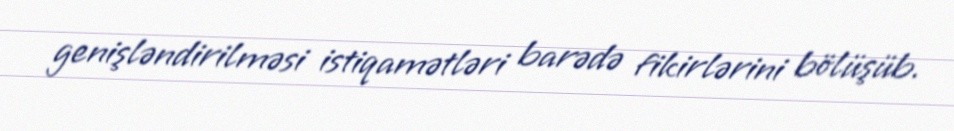
genişləndirilməsi istiqamətləri barədə fikirlərini bölüşüb.